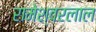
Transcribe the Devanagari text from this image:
रामेश्वरलाल